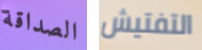
الصداقة التفتيش